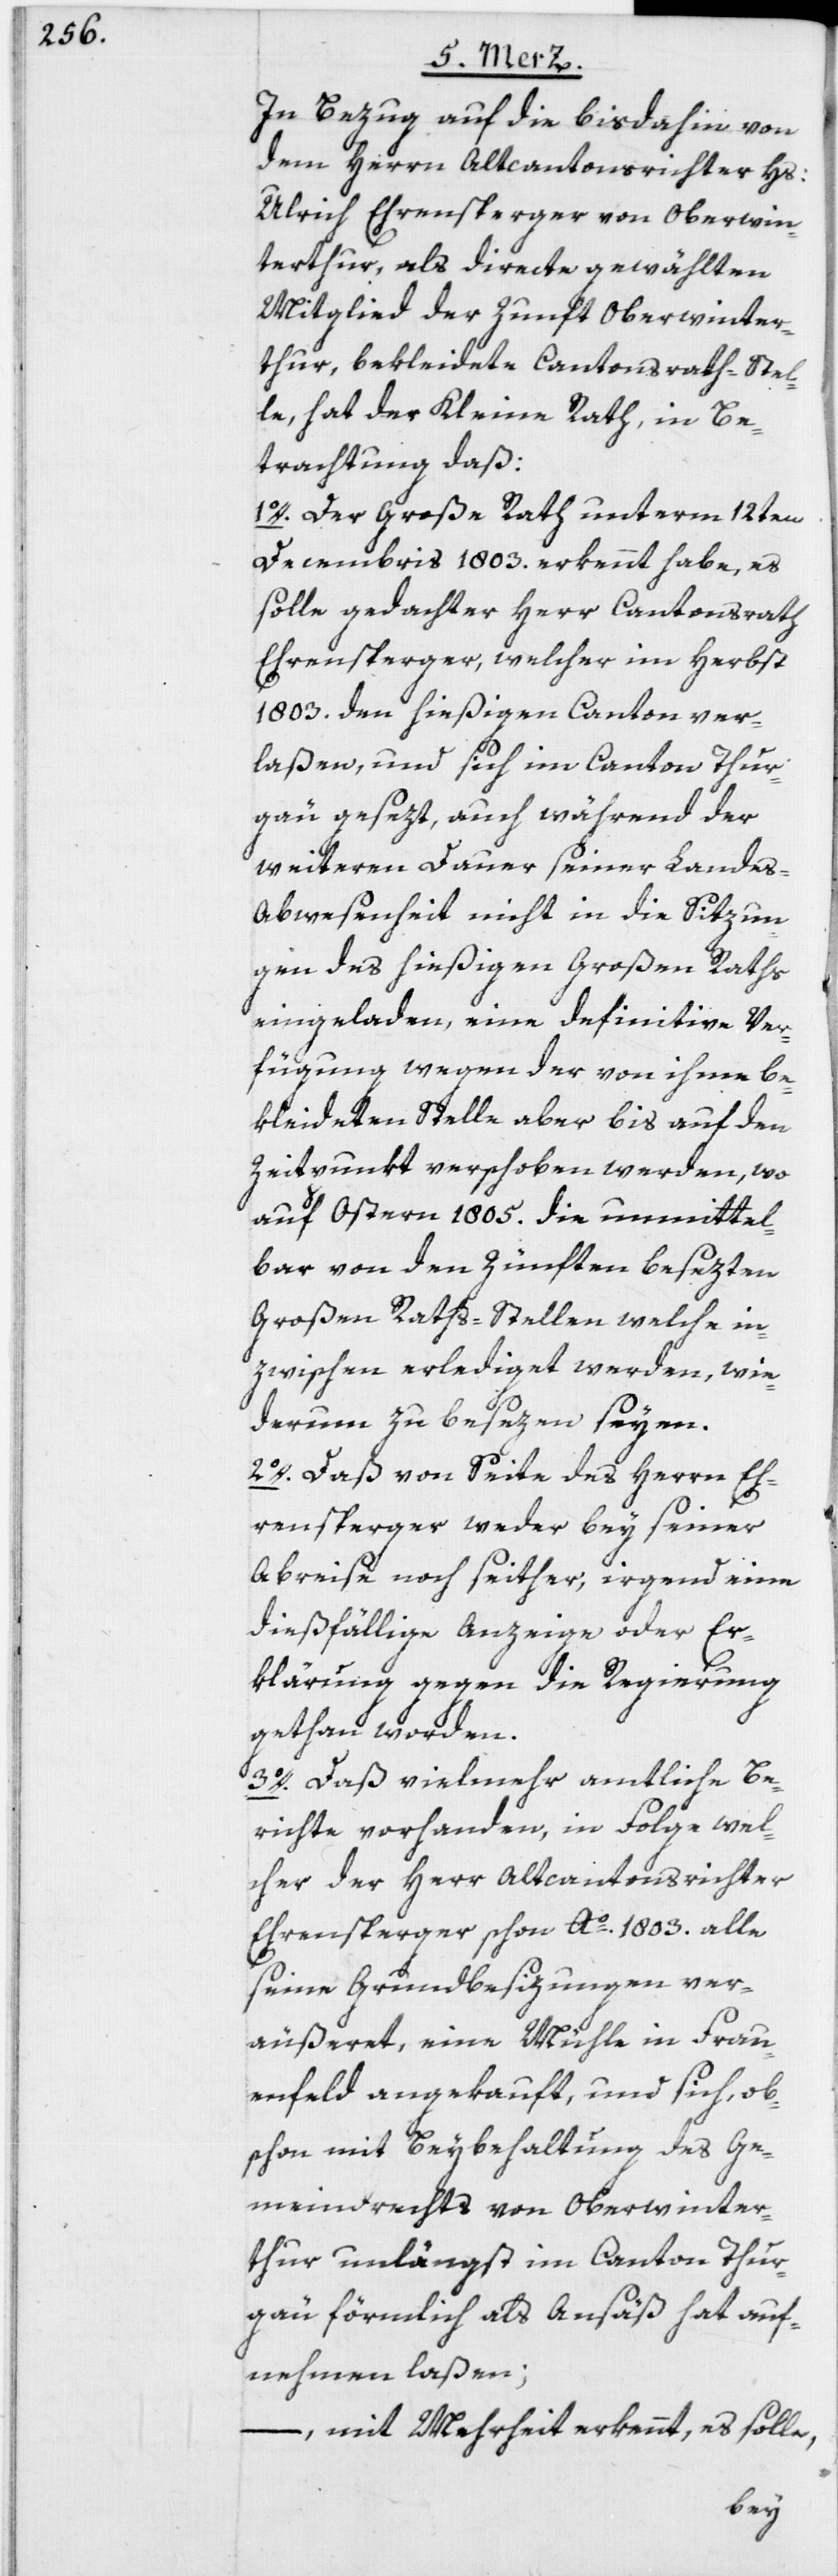
In Bezug auf die bisdahin von
dem Herrn Altcantonsrichter Hs:
Ulrich Ehrensperger von Oberwin¬
terthur, als directe gewählten
Mitglied der Zunft Oberwinter¬
thur, bekleidete Cantonsrath-Stel¬
le, hat der Kleine Rath, in Be¬
trachtung daß:
1o. Der Große Rath unterm 12ten
Decembris 1803. erkennt habe, es
solle gedachter Herr Cantonsrath
Ehrensperger, welcher im Herbst
1803. den hießigen Canton ver¬
laßen, und sich im Canton Thur¬
gau gesezt, auch während der
weiteren Dauer seiner Landes-A¬
bwesenheit nicht in die Sitzun¬
gen des hießigen Großen Raths
eingeladen, eine definitive Ver¬
fügung wegen der von ihme be¬
kleideten Stelle aber bis auf den
Zeitpunkt verschoben werden, wo
auf Ostern 1805. die unmittel¬
bar von den Zünften besezten
Großen Raths-Stellen, welche in¬
zwischen erlediget werden, wie¬
derum zu besezen seyen.
2o. Daß von Seite des Herrn Eh¬
rensperger weder bey seiner
Abreise noch seither, irgend eine
dießfällige Anzeige oder Er¬
klärung gegen die Regierung
gethan worden.
3o. Daß vielmehr amtliche Be¬
richte vorhanden, in Folge wel¬
cher der Herr Altcantonsrichter
Ehrensperger schon Ao. 1803. alle
seine Grundbesizungen ver¬
äußeret, eine Mühle in Frau¬
enfeld angekauft, und sich, ob¬
schon mit Beybehaltung des Ge¬
meindrechts von Oberwinter¬
thur unlängst im Canton Thur¬
gau förmlich als Ansäß hat auf¬
nehmen laßen;
–, mit Mehrheit erkennt, es solle,